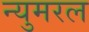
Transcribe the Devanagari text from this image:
न्युमरल